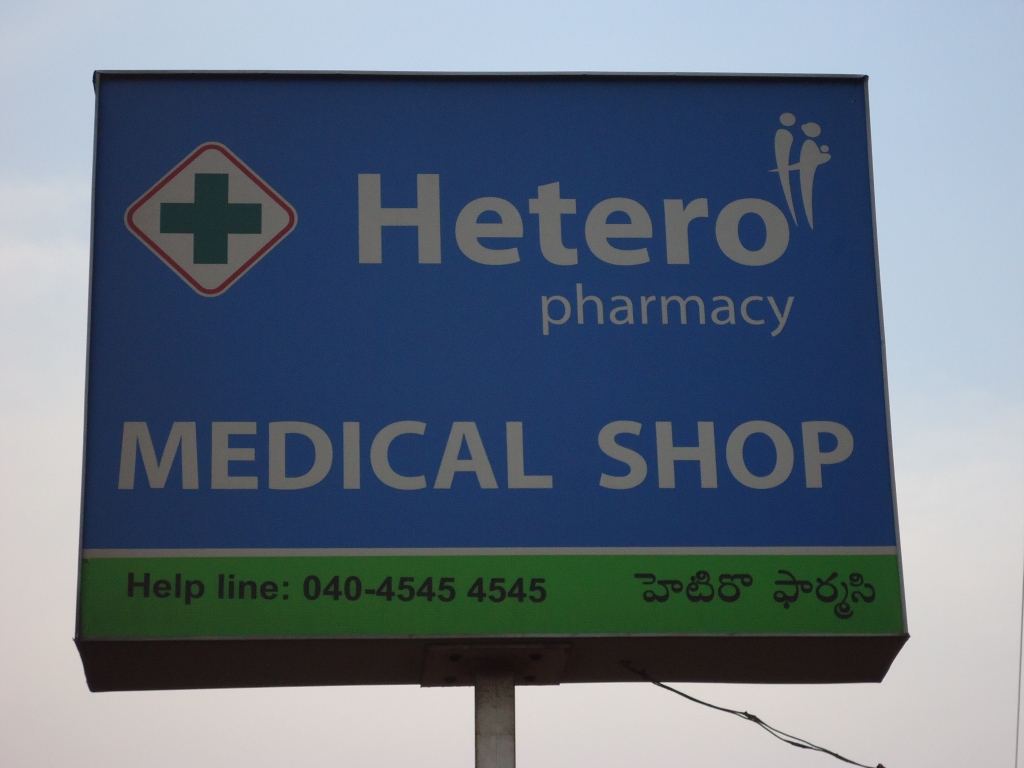
Language: telugu
Transcription: హెటిరొ ఫార్మసి